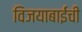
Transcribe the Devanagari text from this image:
विजयाबाईंची